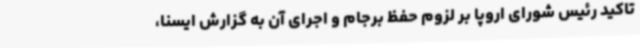
تاکید رئیس شورای اروپا بر لزوم حفظ برجام و اجرای آن به گزارش ایسنا،